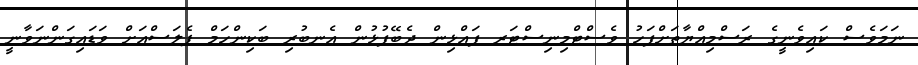
ނަމަވެސް ކައިވެނީގެ ރަސްމިއްޔާތަށްފަހު ވެސްޓްމިނިސްޓަރ ފައްޅިން ދެބޭފުޅުން އެނބުރި ބަކިންހަމް ޕެލަސްއަށް ވަޑައިގަންނަވާނީ